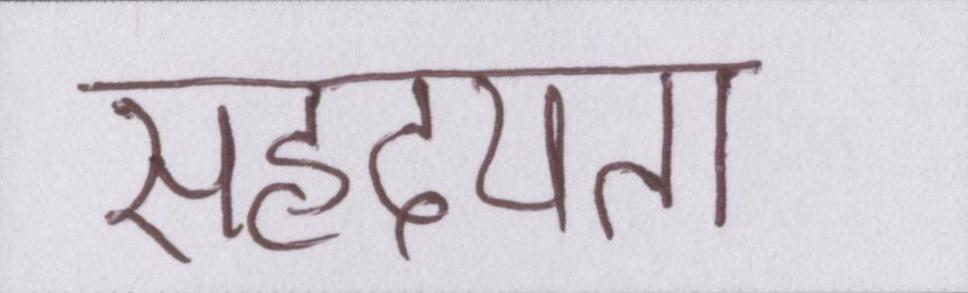
सहृदयता